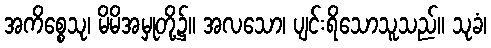
အကိစ္စေသု၊ မိမိအမှုတို့၌။ အလသော၊ ပျင်းရိသောသူသည်။ သုခံ၊